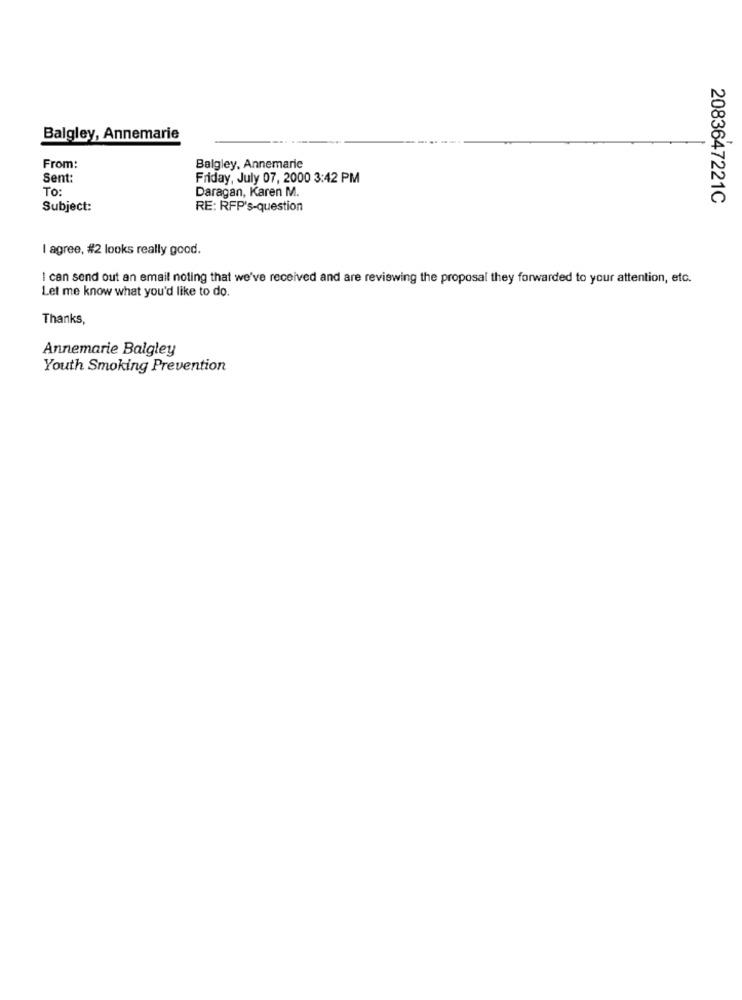
Balgley, Annemarie
From:
Balgley, Annemarie
Sent:
Friday, July 07, 2000 3:42 PM
To:
Daragan, Karen M.
2083647221C
Subject:
RE: RFP's-question
I agree, #2 looks really good.
I can send out an email noting that we've received and are reviewing the proposal they forwarded to your attention, etc.
Let me know what you'd like to do.
Thanks,
Annemarie Balgley
Youth Smoking Prevention